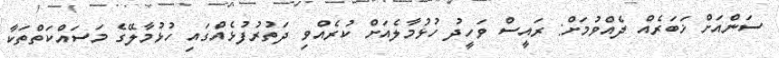
ސަންއަށް ޚަބަރެއް ދެއްވުމަށް: ރައީސް ވަހީދު ހުޅުމާލެއަށް ކުރެއްވި ދަތުރުފުޅެއްގައި ހުޅުމާލޭގެ މަސައްކަތްތަކާ